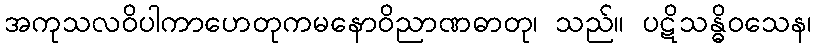
အကုသလဝိပါကာဟေတုကမနောဝိညာဏဓာတု၊ သည်။ ပဋိသန္ဓိဝသေန၊